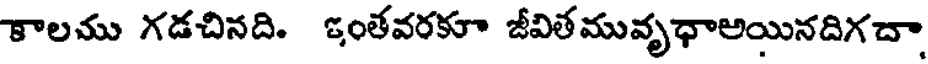
కాలము గడచినది. ఇంతవరకూ జీవితమువృధాఅయినదిగచా